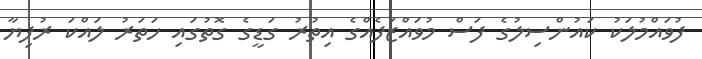
ފުވައްމުލަކު ކައުންސިލުގެ ފަސް މުވައްޒަފެއްގެ އިތުރު ގަޑީގެ ގޮތުގައި ހަތަރު ލައްކަ ރުފިޔާ